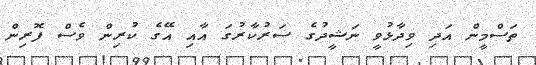
ތަސްމީން އަދި ވިދާޅުވީ ނަޝީދުގެ ސަރުކާރުގަ އާއި އޭގެ ކުރިން ވެސް ފޮރިން